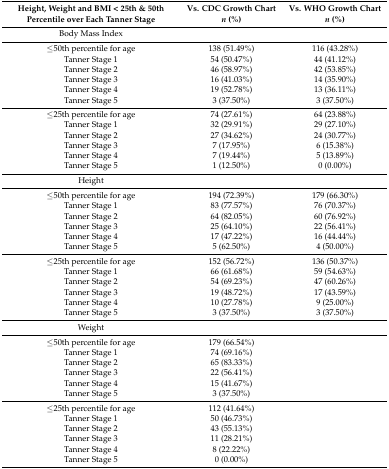
<table><thead><tr><td><b>Height, Weight and BMI &lt; 25th &amp; 50th Percentile over Each Tanner Stage</b></td><td><b>Vs. CDC Growth Chart <i>n</i> (%)</b></td><td><b>Vs. WHO Growth Chart <i>n</i> (%)</b></td></tr></thead><tbody><tr><td>Body Mass Index</td><td></td><td></td></tr><tr><td>≤50th percentile for age</td><td>138 (51.49%)</td><td>116 (43.28%)</td></tr><tr><td>Tanner Stage 1</td><td>54 (50.47%)</td><td>44 (41.12%)</td></tr><tr><td>Tanner Stage 2</td><td>46 (58.97%)</td><td>42 (53.85%)</td></tr><tr><td>Tanner Stage 3</td><td>16 (41.03%)</td><td>14 (35.90%)</td></tr><tr><td>Tanner Stage 4</td><td>19 (52.78%)</td><td>13 (36.11%)</td></tr><tr><td>Tanner Stage 5</td><td>3 (37.50%)</td><td>3 (37.50%)</td></tr><tr><td>≤25th percentile for age</td><td>74 (27.61%)</td><td>64 (23.88%)</td></tr><tr><td>Tanner Stage 1</td><td>32 (29.91%)</td><td>29 (27.10%)</td></tr><tr><td>Tanner Stage 2</td><td>27 (34.62%)</td><td>24 (30.77%)</td></tr><tr><td>Tanner Stage 3</td><td>7 (17.95%)</td><td>6 (15.38%)</td></tr><tr><td>Tanner Stage 4</td><td>7 (19.44%)</td><td>5 (13.89%)</td></tr><tr><td>Tanner Stage 5</td><td>1 (12.50%)</td><td>0 (0.00%)</td></tr><tr><td>Height</td><td></td><td></td></tr><tr><td>≤50th percentile for age</td><td>194 (72.39%)</td><td>179 (66.30%)</td></tr><tr><td>Tanner Stage 1</td><td>83 (77.57%)</td><td>76 (70.37%)</td></tr><tr><td>Tanner Stage 2</td><td>64 (82.05%)</td><td>60 (76.92%)</td></tr><tr><td>Tanner Stage 3</td><td>25 (64.10%)</td><td>22 (56.41%)</td></tr><tr><td>Tanner Stage 4</td><td>17 (47.22%)</td><td>16 (44.44%)</td></tr><tr><td>Tanner Stage 5</td><td>5 (62.50%)</td><td>4 (50.00%)</td></tr><tr><td>≤25th percentile for age</td><td>152 (56.72%)</td><td>136 (50.37%)</td></tr><tr><td>Tanner Stage 1</td><td>66 (61.68%)</td><td>59 (54.63%)</td></tr><tr><td>Tanner Stage 2</td><td>54 (69.23%)</td><td>47 (60.26%)</td></tr><tr><td>Tanner Stage 3</td><td>19 (48.72%)</td><td>17 (43.59%)</td></tr><tr><td>Tanner Stage 4</td><td>10 (27.78%)</td><td>9 (25.00%)</td></tr><tr><td>Tanner Stage 5</td><td>3 (37.50%)</td><td>3 (37.50%)</td></tr><tr><td>Weight</td><td></td><td></td></tr><tr><td>≤50th percentile for age</td><td>179 (66.54%)</td><td rowspan="6"></td></tr><tr><td>Tanner Stage 1</td><td>74 (69.16%)</td></tr><tr><td>Tanner Stage 2</td><td>65 (83.33%)</td></tr><tr><td>Tanner Stage 3</td><td>22 (56.41%)</td></tr><tr><td>Tanner Stage 4</td><td>15 (41.67%)</td></tr><tr><td>Tanner Stage 5</td><td>3 (37.50%)</td></tr><tr><td>≤25th percentile for age</td><td>112 (41.64%)</td><td rowspan="6"></td></tr><tr><td>Tanner Stage 1</td><td>50 (46.73%)</td></tr><tr><td>Tanner Stage 2</td><td>43 (55.13%)</td></tr><tr><td>Tanner Stage 3</td><td>11 (28.21%)</td></tr><tr><td>Tanner Stage 4</td><td>8 (22.22%)</td></tr><tr><td>Tanner Stage 5</td><td>0 (0.00%)</td></tr></tbody></table>